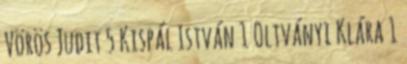
Vörös Judit 5 Kispál István 1 Oltványi Klára 1